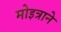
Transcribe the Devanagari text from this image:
मोइत्राने